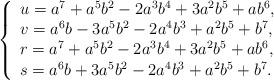
LaTeX: \begin{align*} \left\{\begin{array}{l} u=a^7+a^5b^2-2a^3b^4+3a^2b^5+ab^6,\\ v= a^6b-3a^5b^2-2a^4b^3+a^2b^5+b^7,\\ r=a^7+a^5b^2-2a^3b^4+3a^2b^5+ab^6,\\ s=a^6b+3a^5b^2-2a^4b^3+a^2b^5+b^7.\end{array}\right. \end{align*}